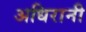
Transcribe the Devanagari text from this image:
अधिरानी